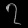
Digit: ၇